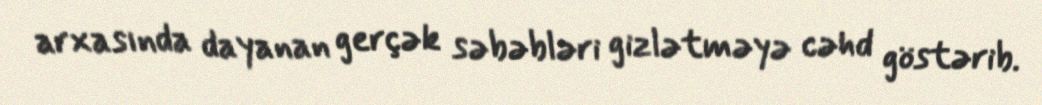
arxasında dayanan gerçək səbəbləri gizlətməyə cəhd göstərib.